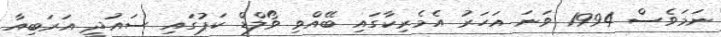
ނަމަވެސް 1994 ވަނަ އަހަރު އެމެރިކާގައި ބޭއްވި ވޯލްޑް ކަޕުގައި ސައުދީ އަރަބިއާ